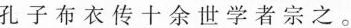
孔子布衣传十余世学者宗之。